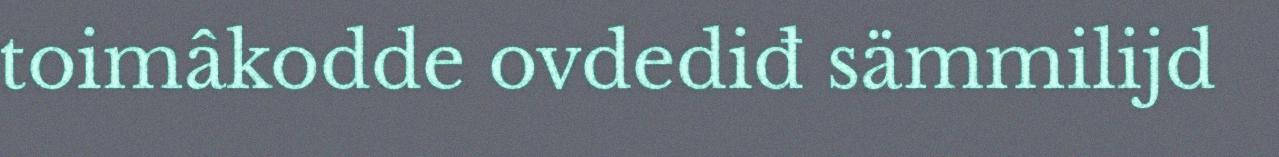
toimâkodde ovdediđ sämmilijd